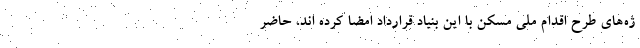
ژه‌های طرح اقدام ملی مسکن با این بنیاد قرارداد امضا کرده اند، حاضر